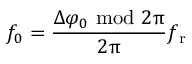
f _ { 0 } = \frac { \Delta \varphi _ { 0 } ~ \mathrm { m o d } ~ 2 \uppi } { 2 \uppi } f _ { \mathrm { r } }